Calcutta medical institutions reports 1871-78
Year: 1871
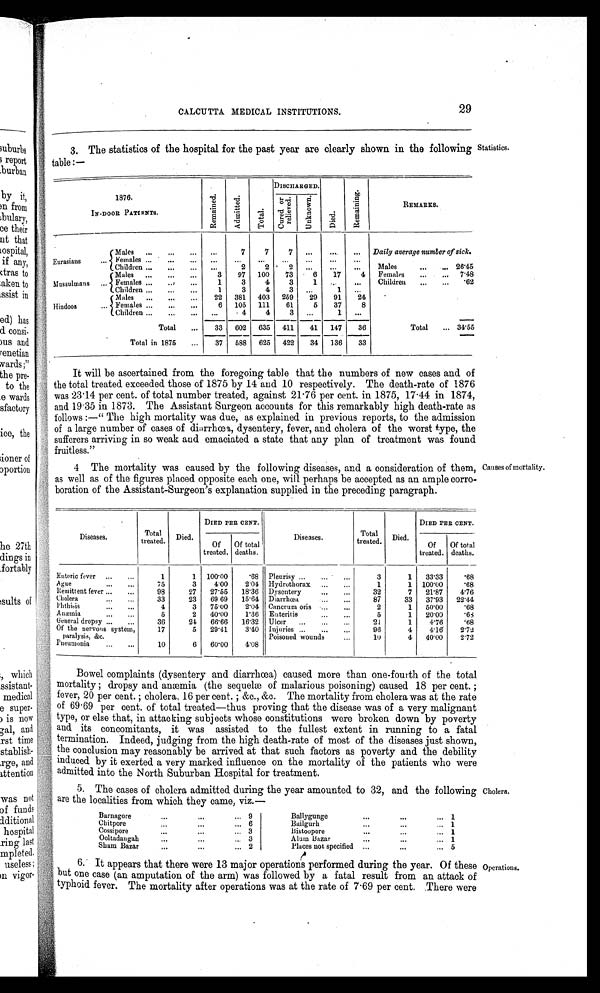
CALCUTTA MEDICAL INSTITUTIONS.
29
3. The statistics of the hospital for the past year are clearly shown in the following
table:—
Statistics.
1876.
IN-DOOR PATIENTS.
Re ma i ne d. Admi t t e d.
Tot al .
DISCHARGED.
Di ed.
Re ma i n i n g .
REMARKS.
Cu r e d o r r e l i e v e d . Un k n o wn .
Males ...
. . .
... ...
7
7
7 ...
. . .
... Daily average number of sick.
Eurasians
... Females ...
...
...
. . .
. . .
. . .
. . .
. . .
. . .
. . .
Children ...
...
... ...
2
2
2
. . .
. . .
...
Males
...
... 26·45
M a l e s
...
...
...
3
97 100
73
6
17
4 Females
. . .
. . . 7·48
Mussulmans
... Females . . .
. . .
. . .
1
3
4
3
1 ... ...
Children
...
. . .
· 6 2
Children . . .
...
...
1
3
4
3
. . .
1 ...
Males ...
...
...
22 381 403 259
29
91
24
Hindoos
... Females . . .
. . .
...
6 105 111
61
5
37
8
Children ...
...
...
. . .
4
4
3 ...
1
. . .
Total
. . .
33 602 635 411
41 147
36
Total ... 34·55
Total in 1875
...
37
5 8 8
625 422
34 136
33
It will be ascertained from the foregoing table that the numbers of new cases and of
the total treated exceeded those of 1875 by 14 and 10 respectively. The death-rate of 1876
was 23·14 per cent. of total number treated, against 21·76 per cent. in 1875, 17·44 in 1874,
and 19·35 in 1873. The Assistant Surgeon accounts for this remarkably high death-rate as
follows:—”The high mortality was due, as explained in previous reports, to the admission
of a large number of cases of diarrhœa, dysentery, fever, and cholera of the worst type, the
sufferers arriving in so weak and emaciated a state that any plan of treatment was found
fruitless."
4 The mortality was caused by the following diseases, and a consideration of them,
as well as of the figures placed opposite each one, will perhaps be accepted as an ample corro-
boration of the Assistant-Surgeon's explanation supplied in the preceding paragraph.
Causes of mortality.
Diseases.
Total
treated. Died.
DIED PER CENT.
Diseases.
Total
treated. Died.
DIED PER CENT.
Of
treated.
Of total
deaths.
Of
treated.
Of total
deaths.
Enteric fever ... ...
1
1 100·00
·68 Pleurisy ... ... ...
3
1 33·33
·68
Ague... ...
75
3
4·00
2·01 Hydrothorax ... ...
1
1 100·00
·68
Remittent fever ... ...
98
27 27·55 18·36 Dysentery
. . . . . .
32
7 21·87
4·76
Cholera ... ...
3 3
23 69·69 15·64 Diarrhœa ... ...
87
33 37·93 22·44
Phthisis ... ...
4
3 75·00
2·04 Cancrum oris ... ...
2
1 50·00
·68
A næmia ... ...
5
2 40·00
1·36 Enteritis ...
...
5
1 20·00
·68
General dropsy ...
...
36
24 66·66
1 6 · 3 2
Ul c e r . . . . . . . . .
2 1
1
4·76
·68
Of the nervous syst em, par al ysi s, &c.
17
5 29·41
3·40 Injuries ... ... ...
96
4
4·16
2·72
Poisoned wounds ...
10
4 40·00 2·72
Pneumonia ... ...
10
6 60·00
4·08
Bowel complaints (dysentery and diarrhœa) caused more than one-fourth of the total
mortality; dropsy and anæmia (the sequelæ of malarious poisoning) caused 18 per cent.;
fever, 20 per cent.; cholera, 16 per cent.; &c., &c. The mortality from cholera was at the rate
of 69·69 per cent. of total treated—thus proving that the disease was of a very malignant
type, or else that, in attacking subjects whose constitutions were broken down by poverty
and its concomitants, it was assisted to the fullest extent in running to a fatal
termination. Indeed, judging from the high death-rate of most of the diseases just shown,
the conclusion may reasonably be arrived at that such factors as poverty and the debility
induced by it exerted a very marked influence on the mortality of the patients who were
admitted into the North Suburban Hospital for treatment.
5. The cases of cholera admitted during the year amounted to 32, and the following
are the localities from which they came, viz.—
Barnagore
...
...
... 9
Ballygunge
...
...
... 1
Chitpore
...
...
... 6
Bailgurh
...
...
... 1
Cossipore
...
...
... 3
B i s t o o p o r e
...
...
. . . 1
Ooltadaugah
...
...
3
Alum Bazar
...
...
. . . 1
Sham Bazar
. . . ...
. . . 2
Places not specified
. . .
...
... 5
6. It appears that there were 13 major operations performed during the year. Of these
but one case (an amputation of the arm) was followed by a fatal result from an attack of
typhoid fever. The mortality after operations was at the rate of 7·69 per cent. There were
Cholera.
Operations.